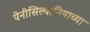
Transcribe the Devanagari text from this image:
पेनीसिल्वानियाच्या